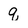
Character: q